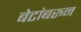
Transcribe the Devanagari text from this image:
बेटांबरुन